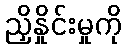
ညှိနှိုင်းမှုကို